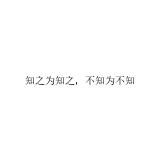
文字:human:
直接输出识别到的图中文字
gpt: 知之为知之，不知为不知